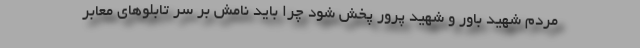
مردم شهید باور و شهید پرور پخش شود چرا باید نامش بر سر تابلوهای معابر